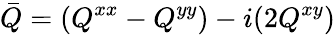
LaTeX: \bar{Q}=(Q^{xx}-Q^{yy})-i(2Q^{xy})